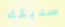
صديقك